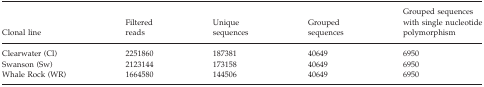
<table><thead><tr><td><b>Clonal line</b></td><td><b>Filtered reads</b></td><td><b>Unique sequences</b></td><td><b>Grouped sequences</b></td><td><b>Grouped sequences with single nucleotide polymorphism</b></td></tr></thead><tbody><tr><td>Clearwater (Cl)</td><td>2251860</td><td>187381</td><td>40649</td><td>6950</td></tr><tr><td>Swanson (Sw)</td><td>2123144</td><td>173158</td><td>40649</td><td>6950</td></tr><tr><td>Whale Rock (WR)</td><td>1664580</td><td>144506</td><td>40649</td><td>6950</td></tr></tbody></table>